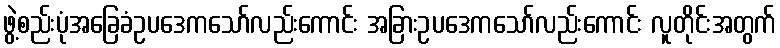
ဖွဲ့စည်းပုံအခြေခံဥပဒေကသော်လည်းကောင်း အခြားဥပဒေကသော်လည်းကောင်း လူတိုင်းအတွက်